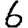
Digit: 6